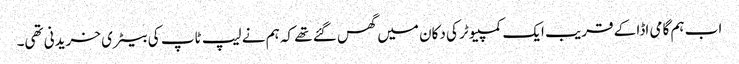
اب ہم گامی اڈا کے قریب ایک کمپیوٹر کی دکان میں گھس گئے تھے کہ ہم نے لیپ ٹاپ کی بیٹری خریدنی تھی۔